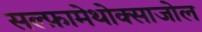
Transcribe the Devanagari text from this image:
सल्‍फ़ामेथोक्‍साजोल